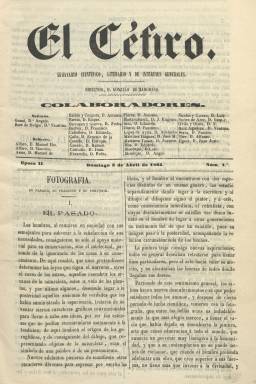
Título: El Céfiro (Madrid)
Colección: Cultura
Ámbito geográfico: Madrid
Lugar de publicación: Madrid
Fechas: 03/04/1864-05/06/1864

Con el subtítulo “semanario científico, literario y de intereses generales”, publica su primer número el 3 de abril de 1864, bajo la dirección de Gonzalo de Zamorano, pero indicando en su cabecera “época II”, por lo que debió tirar entregas anteriores a esa fecha, hecho que corrobora una nota al final de ese número en la que desmiente al festivo El Cascabel (1863), fundado por Carlos Frontaura, de haber desaparecido.

Sus entregas son de ocho páginas, compuestas a dos columnas, que salieron de la imprenta madrileña de P. Conesa. En su número 6, de quince de mayo, se informa también que Zamorano es sustituido en la dirección por Ernesto de la Calle. Al final de cada número se indicará que por “lo no firmado” el editor responsable era Joaquín Martínez Tomás, del que también se señala que es su fundador. En los primeros números había aparecido como editor responsable Tirso de Contreras.

Se trata de un semanario literario típico de la época, que publicará una serie de artículos sobre Fotografía, firmados por Pedro Barragán y Guerra, así como bajo el epígrafe Consideraciones sobre la Edad Media, de Antonio Balbín y Unquera, entre otros, además de composiciones poéticas, charadas, epigramas, pensamientos o variedades, a lo que suma una sección de Teatros (con comentarios sobre su programación) y otra Sección alegre.

Entre las firmas de sus textos aparecen, además de las de los citados Zamorano, La Calle, Barragán, Balbín y Martínez Tomás, las de Antonio María Marugán, José M. Martínez Íñiguez, Faustino Jouve, Alfonso Terr, Federico Leal o Narciso Serra. Bajo su cabecera aparece también un abundante cuadro de colaboradores, que aumentará, entre los que cabe citar a Ángela Grassi, Faustina Saez de Melgar, Manuel Ibo Alfaro, J. Eugenio Hartzenbusch, Adelardo López de Ayala, Gaspar Núñez de Arce o Roque Barcia, entre otros.

La publicación debió ser efímera. Su colección en la Biblioteca Nacional de España (BNE) acaba con el número 9, correspondiente al cinco de junio de ese mismo 1864. Publicó también Edición satírica de El Céfiro, título que también integra la colección de la BNE.